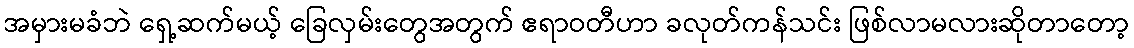
အမှားမခံဘဲ ရှေ့ဆက်မယ့် ခြေလှမ်းတွေအတွက် ဧရာဝတီဟာ ခလုတ်ကန်သင်း ဖြစ်လာမလားဆိုတာတော့